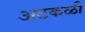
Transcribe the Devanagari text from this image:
अटकळी